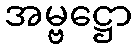
အမ္ဗဋ္ဌော